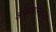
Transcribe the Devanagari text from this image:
अर्थमंत्रालयाचा